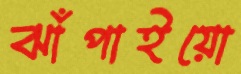
ঝাঁপাইয়ো